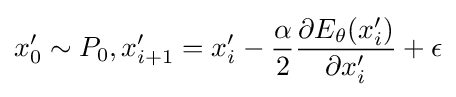
x_{0}'\sim P_{0},x_{i+1}'=x_{i}'-{\frac {\alpha }{2}}{\frac {\partial E_{\theta }(x_{i}')}{\partial x_{i}'}}+\epsilon